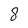
Character: 8